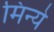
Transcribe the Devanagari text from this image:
मिन्ये